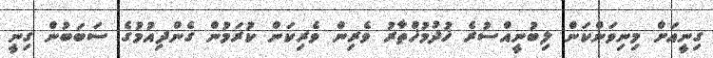
ގިނީއަށް މިނިވަންކަން ލިބުނީއްސުރެ ޚުދުމުޚްތާރު ވެރިން ވެރިކަން ކުރަމުން ގެންދިއުމުގެ ސަބަބުން ގިނީ